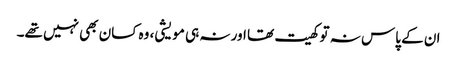
ان کے پاس نہ تو کھیت تھا اور نہ ہی مویشی، وہ کسان بھی نہیں تھے۔